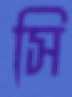
সি